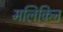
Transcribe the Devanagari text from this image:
मलिकिन